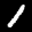
Label: 1